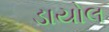
ડાયોલ